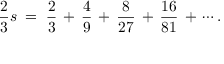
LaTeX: { \frac { 2 } { 3 } } s \; = \; { \frac { 2 } { 3 } } \, + \, { \frac { 4 } { 9 } } \, + \, { \frac { 8 } { 2 7 } } \, + \, { \frac { 1 6 } { 8 1 } } \, + \, \cdots .